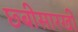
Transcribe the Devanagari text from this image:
छ्बीसारखी